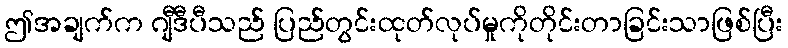
ဤအချက်က ဂျီဒီပီသည် ပြည်တွင်းထုတ်လုပ်မှုကိုတိုင်းတာခြင်းသာဖြစ်ပြီး